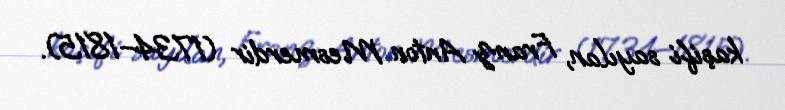
kaşifi sayılan, Franz Anton Mesmerdir (1734–1815).